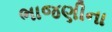
ભાજણીના